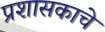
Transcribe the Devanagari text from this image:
प्रशासकाचे